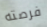
فرصته